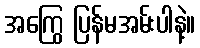
အကြွေ ပြန်မအမ်းပါနဲ့။